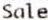
SALE